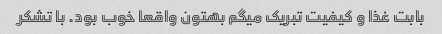
بابت غذا و کیفیت تبریک میگم بهتون واقعا خوب بود. با تشکر